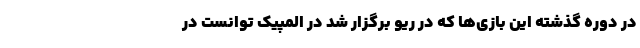
در دوره گذشته این بازی‌ها که در ریو برگزار شد در المپیک توانست در